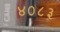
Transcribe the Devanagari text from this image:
४०८३